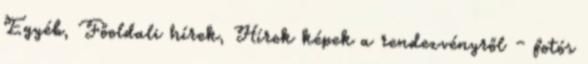
Egyéb, Főoldali hírek, Hírek képek a rendezvényről – fotós